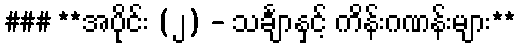
### **အပိုင်း (၂) - သင်္ချာနှင့် ကိန်းဂဏန်းများ**